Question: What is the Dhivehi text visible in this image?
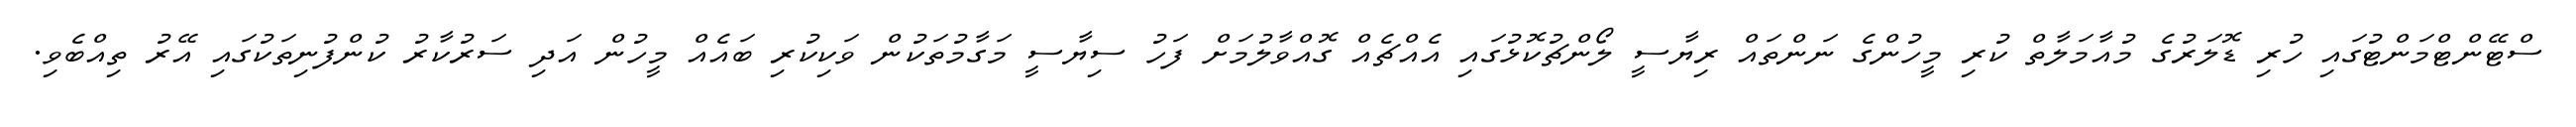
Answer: ސްޓޭންޓްމަންޓުގައި ހުރި ޑޮލަރުގެ މުއާމަލާތް ކުރި މީހުންގެ ނަންތައް ރިޔާސީ ލޯންޗުކޮޅުގައި އެއްޗެއް ގޮއްވާލުމަށް ފަހު ސިޔާސީ މަގާމުތަކުން ވަކިކުރި ބައެއް މީހުން އަދި ސަރުކާރު ކުންފުނިތަކުގައި އޭރު ތިއްބެވި.